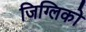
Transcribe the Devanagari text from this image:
जिग्लिको